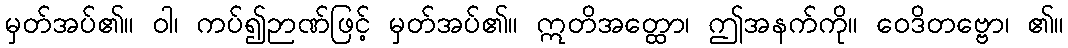
မှတ်အပ်၏။ ဝါ၊ ကပ်၍ဉာဏ်ဖြင့် မှတ်အပ်၏။ ဣတိအတ္ထော၊ ဤအနက်ကို။ ဝေဒိတဗ္ဗော၊ ၏။